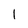
Character: 1